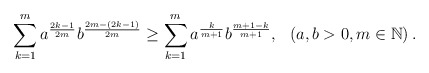
\begin{align*} \sum\limits_{k = 1}^m {{a^{\frac{{2k - 1}}{{2m}}}}{b^{\frac{{2m - \left( {2k - 1} \right)}}{{2m}}}}} \ge \sum\limits_{k = 1}^m {{a^{\frac{k}{{m + 1}}}}{b^{\frac{{m + 1 - k}}{{m + 1}}}}}, \,\,\,\,\left( {a,b > 0,m \in \mathbb{N}} \right).\end{align*}